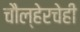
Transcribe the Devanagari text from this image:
चौल्हेरचेही